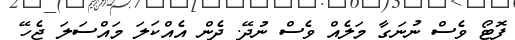
ފޮޓޯ ވެސް ނުނަގާ މަލެއް ވެސް ނުދޭ. ދެން އެއްކަލަ މައްސަލަ ޖެހޭ